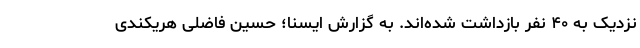
نزدیک به ۴۰ نفر بازداشت شده‌اند. به گزارش ایسنا؛ حسین فاضلی هریکندی